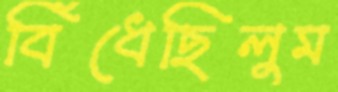
বিঁধেছিলুম